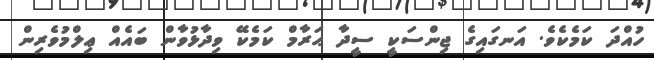
ހުއްދަ ކަމެކެވެ. އަނގައިގެ ޖިންސަކީ ސީދާ ޙަރާމް ކަމެކޭ ވިދާޅުވާން ބައެއް ޢިލްމުވެރިން